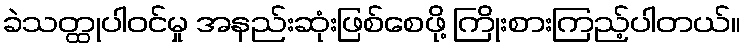
ခဲသတ္ထုပါဝင်မှု အနည်းဆုံးဖြစ်စေဖို့ ကြိုးစားကြည့်ပါတယ်။